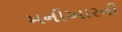
મનીઆરની